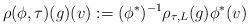
LaTeX: \begin{align*}\rho(\phi,\tau)(g)(v):=(\phi^*)^{-1}\rho_{\tau,L}(g)\phi^*(v)\end{align*}